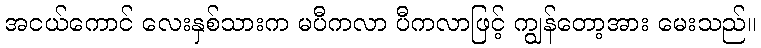
အငယ်ကောင် လေးနှစ်သားက မပီကလာ ပီကလာဖြင့် ကျွန်တော့အား မေးသည်။